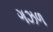
ગઝળ